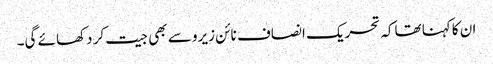
ان کاکہنا تھاکہ تحریک انصاف نائن زیرو سے بھی جیت کر دکھائے گی۔